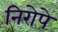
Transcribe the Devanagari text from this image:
निरोपे